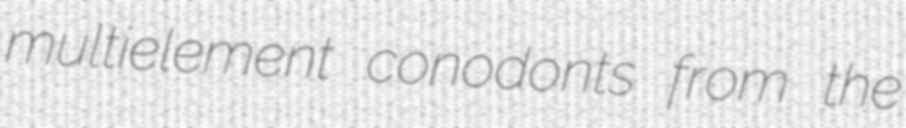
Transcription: multielement conodonts from the